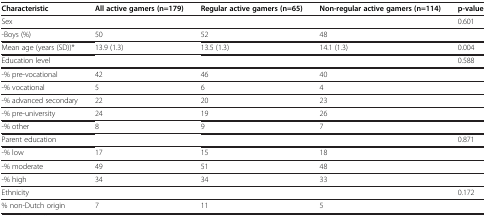
| Characteristic | All active gamers (n=179) | Regular active gamers (n=65) | Non-regular active gamers (n=114) | p-value |
 | --- | --- | --- | --- | --- |
 | Sex |  |  |  | 0.601 |
 | -Boys (%) | 50 | 52 | 48 |  |
 | Mean age (years (SD))* | 13.9 (1.3) | 13.5 (1.3) | 14.1 (1.3) | 0.004 |
 | Education level |  |  |  | 0.588 |
 | -% pre-vocational | 42 | 46 | 40 |  |
 | -% vocational | 5 | 6 | 4 |  |
 | -% advanced secondary | 22 | 20 | 23 |  |
 | -% pre-university | 24 | 19 | 26 |  |
 | -% other | 8 | 9 | 7 |  |
 | Parent education |  |  |  | 0.871 |
 | -% low | 17 | 15 | 18 |  |
 | -% moderate | 49 | 51 | 48 |  |
 | -% high | 34 | 34 | 33 |  |
 | Ethnicity |  |  |  | 0.172 |
 | % non-Dutch origin | 7 | 11 | 5 |  |